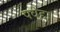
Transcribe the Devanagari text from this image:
पवेहा